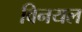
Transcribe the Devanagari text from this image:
विनयल